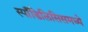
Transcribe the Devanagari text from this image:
स्पाँडिलिसिसमध्ये